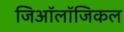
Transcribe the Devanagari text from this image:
जिऑलॉजिकल